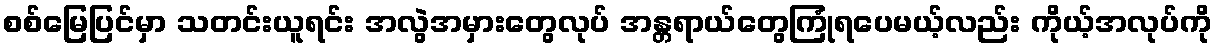
စစ်မြေပြင်မှာ သတင်းယူရင်း အလွဲအမှားတွေလုပ် အန္တရာယ်တွေကြုံရပေမယ့်လည်း ကိုယ့်အလုပ်ကို